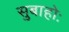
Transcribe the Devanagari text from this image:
सुबाहोः